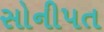
સોનીપત